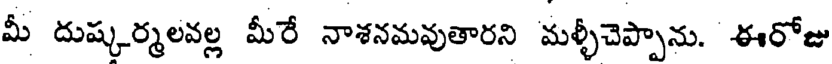
మీ దుష్కర్మలవల్ల మీరే నాశనమవుతారని మళ్ళీచెప్పాను. ఈరోజు